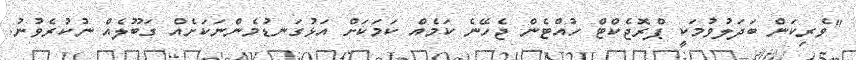
"ވެރިކަން ބަދަލުވުމަކީ ޕްރޮޖެކްޓް ހުއްޓެން ޖެހޭނެ ކަމެއް ކަމަކަށް އަޅުގަނޑުމެންނަކަށެއް ގަބޫލެއް ނުކުރެވުނު.